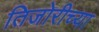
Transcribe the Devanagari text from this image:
तिजोरीच्या